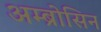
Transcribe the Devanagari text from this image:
अम्ब्रोसिन